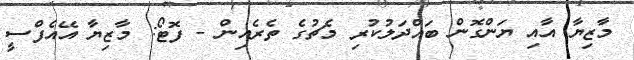
މާޒިޔާ އާއި ޔަންގޮން ބައްދަލުކުރި މެޗުގެ ތެރެއިން - ފޮޓޯ: މާޒިޔާ އޭއެފްސީ